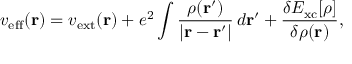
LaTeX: v _ { \mathrm { e f f } } ( \mathbf { r } ) = v _ { \mathrm { e x t } } ( \mathbf { r } ) + e ^ { 2 } \int { \frac { \rho ( \mathbf { r } ^ { \prime } ) } { | \mathbf { r } - \mathbf { r } ^ { \prime } | } } \, d \mathbf { r } ^ { \prime } + { \frac { \delta E _ { \mathrm { x c } } [ \rho ] } { \delta \rho ( \mathbf { r } ) } } ,